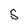
Character: 5